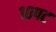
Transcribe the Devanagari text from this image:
१०पट